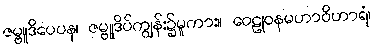
ဇမ္ဗူဒိပေပန၊ ဇမ္ဗူဒိပ်ကျွန်း၌မူကား။ ဝေဠုဝနမဟာဝိဟာရံ၊